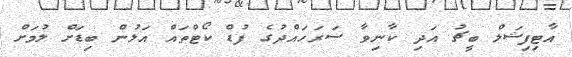
އާޓިފިޝަލް ބީޗު އަދި ކާނިވާ ސަރަހައްދުގެ ފުޑް ކޯޓްތައް އަލުން ބިޑަށް ލުމަށް